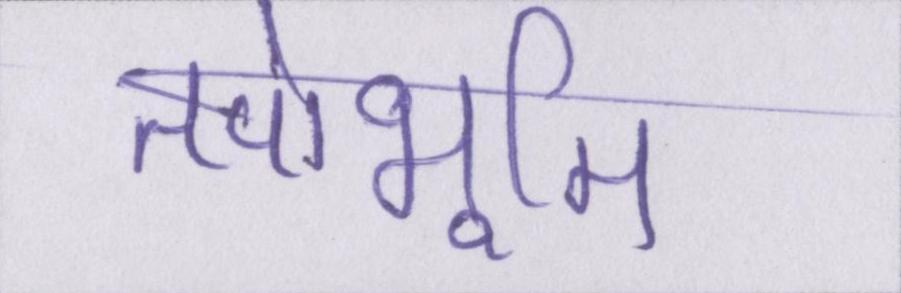
तपोभूमि